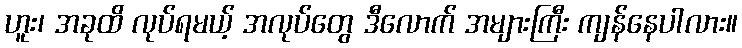
ဟူး၊ အခုထိ လုပ်ရမယ့် အလုပ်တွေ ဒီလောက် အများကြီး ကျန်နေပါလား။